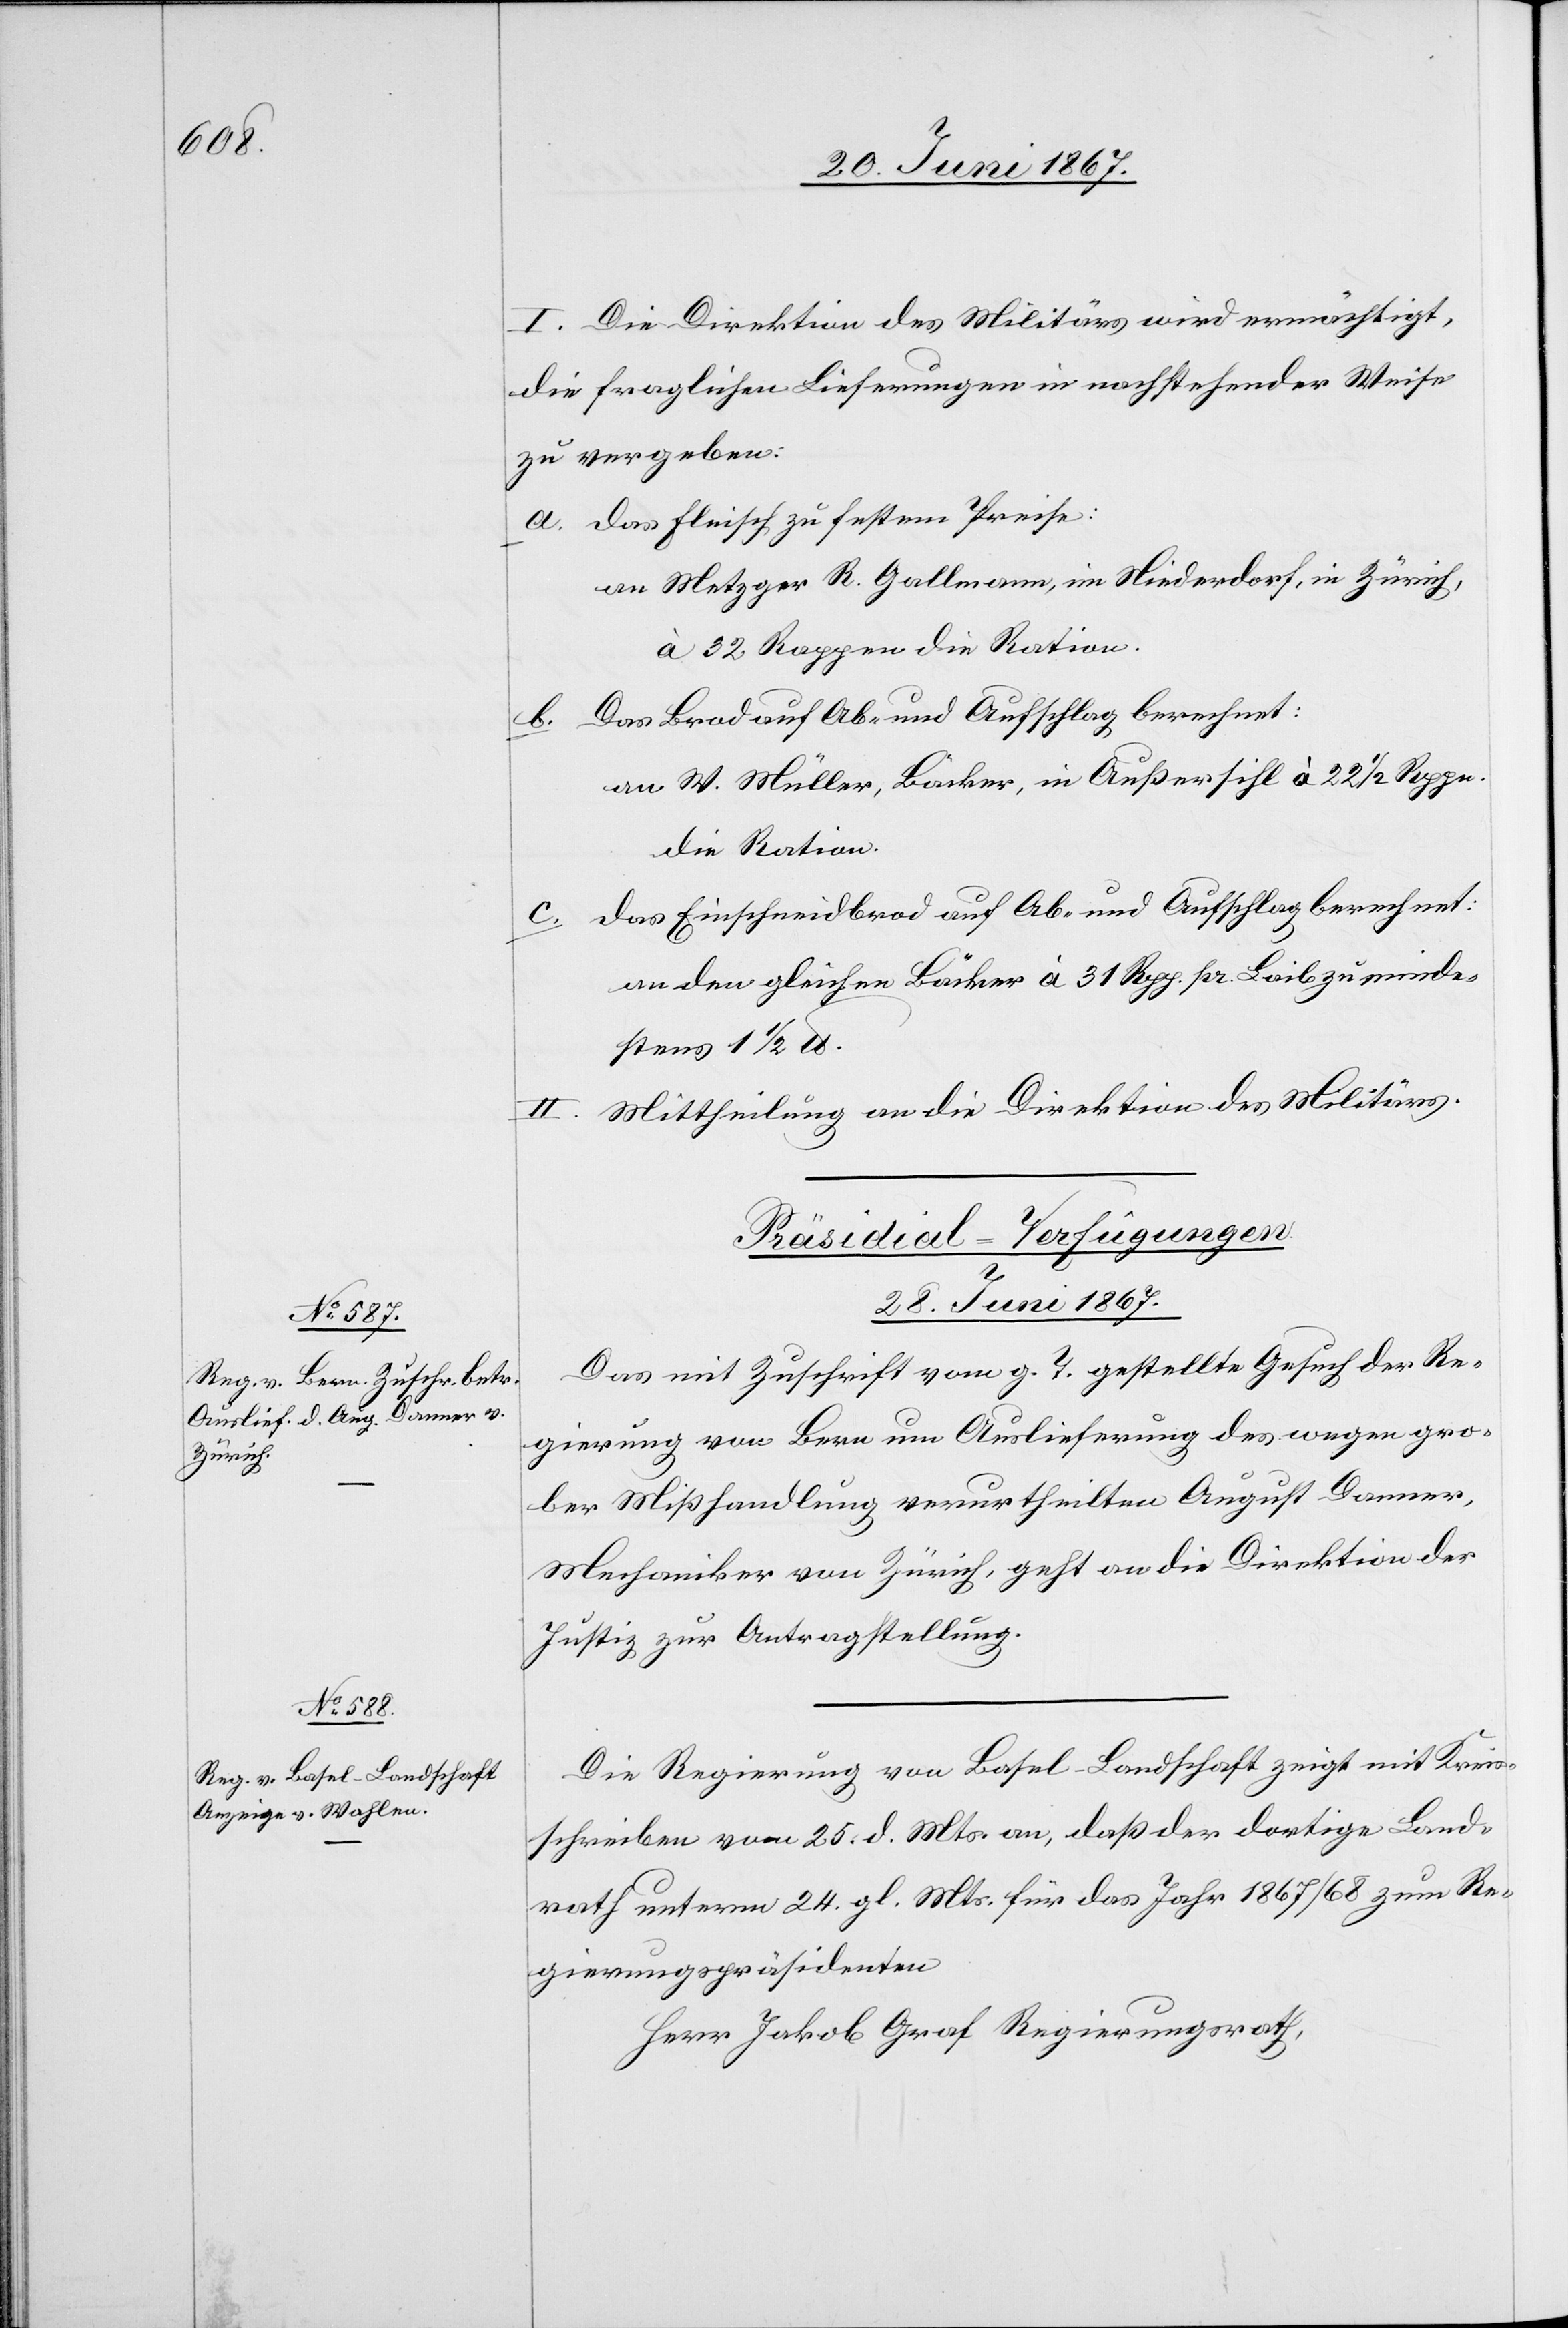
I. Die Direktion des Militärs wird ermächtigt,
die fraglichen Lieferungen in nachtstehender Weise
zu vergeben:
a. das Fleisch zu festem Preise:
an Metzger R. Gallmann, im Niederdorf, in Zürich,
à 32 Rappen die Ration.
b. Das Brod auf Ab- und Aufschlag berechnet:
an W. Müller, Bäcker, in Außersihl à 22 1/2 Rppn.
die Ration.
das Einschneidbrod auf Ab- und Aufschlag berechnet:
an den gleichen Bäcker à 31 Rpp. rp. Laib zu minde¬
stens 1 ½ lb.
Mittheilung an die Direktion des Militärs.
[Präsidial-Verfügungen.
28. Juni 1867.]
Das mit Zuschrift vom g. T. gestellte Gesuch der Re¬
gierung von Bern um Auslieferung des wegen gro¬
ber Mißhandlung verurtheilten August Brunner,
Mechaniker von Zürich, geht an die Direktion der
Justiz zur Antragstellung.
Die Regierung von Basel-Landschaft zeigt mit Kreis¬
schreiben vom 25. d. Mts. an, daß der dortige Land¬
rath unterm 24. gl. Mts. für das Jahr 1867/68 zum Re¬
gierungspräsidenten
Herr Jakob Graf Regierungsrath,